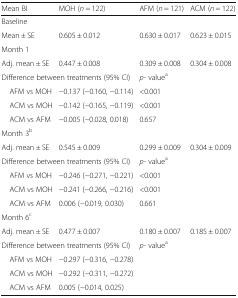
| Mean BI | MOH (n = 122) | AFM (n = 121) | ACM (n = 122) |
 | --- | --- | --- | --- |
 | <COLSPAN=4> Baseline |
 | Mean ± SE | 0.605 ± 0.012 | 0.630 ± 0.017 | 0.623 ± 0.015 |
 | <COLSPAN=4> Month 1 |
 | Adj. mean ± SE | 0.447 ± 0.008 | 0.309 ± 0.008 | 0.304 ± 0.008 |
 | <COLSPAN=2> Difference between treatments (95% CI) | <COLSPAN=2> p- valuea |
 | AFM vs MOH | −0.137 (−0.160, −0.114) | <COLSPAN=2> <0.001 |
 | ACM vs MOH | −0.142 (−0.165, −0.119) | <COLSPAN=2> <0.001 |
 | ACM vs AFM | −0.005 (−0.028, 0.018) | <COLSPAN=2> 0.657 |
 | <COLSPAN=4> Month 3b |
 | Adj. mean ± SE | 0.545 ± 0.009 | 0.299 ± 0.009 | 0.304 ± 0.009 |
 | <COLSPAN=2> Difference between treatments (95% CI) | <COLSPAN=2> p- valuea |
 | AFM vs MOH | −0.246 (−0.271, −0.221) | <COLSPAN=2> <0.001 |
 | ACM vs MOH | −0.241 (−0.266, −0.216) | <COLSPAN=2> <0.001 |
 | ACM vs AFM | 0.006 (−0.019, 0.030) | <COLSPAN=2> 0.661 |
 | <COLSPAN=4> Month 6c |
 | Adj. mean ± SE | 0.477 ± 0.007 | 0.180 ± 0.007 | 0.185 ± 0.007 |
 | <COLSPAN=2> Difference between treatments (95% CI) | <COLSPAN=2> p- valuea |
 | AFM vs MOH | −0.297 (−0.316, −0.278) | <COLSPAN=2>  |
 | ACM vs MOH | −0.292 (−0.311, −0.272) | <COLSPAN=2>  |
 | ACM vs AFM | 0.005 (−0.014, 0.025) | <COLSPAN=2>  |